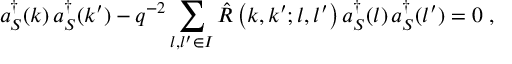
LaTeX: a _ { S } ^ { \dagger } ( k ) \, a _ { S } ^ { \dagger } ( k ^ { \prime } ) - q ^ { - 2 } \sum _ { l , l ^ { \prime } \in { \cal I } } { \hat { \cal R } } \left( k , k ^ { \prime } ; l , l ^ { \prime } \right) a _ { S } ^ { \dagger } ( l ) \, a _ { S } ^ { \dagger } ( l ^ { \prime } ) = 0 \; ,